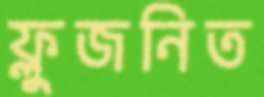
ফ্লুজনিত